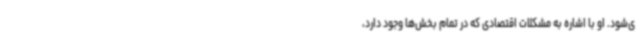
ی‌شود. او با اشاره به مشکلات اقتصادی که در تمام بخش‌ها وجود دارد،